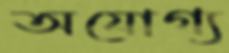
অযোগ্য